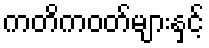
ကတိကဝတ်များနှင့်